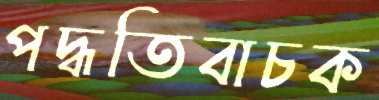
পদ্ধতিবাচক